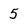
Character: 5